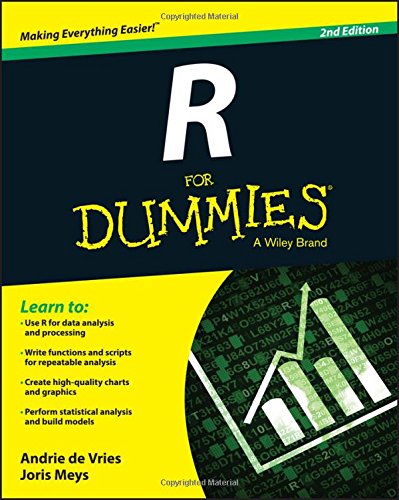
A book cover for R For Dummies; Andrie de Vries; Computers & Technology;